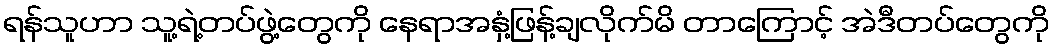
ရန်သူဟာ သူ့ရဲ့တပ်ဖွဲ့တွေကို နေရာအနှံ့ဖြန့်ချလိုက်မိ တာကြောင့် အဲဒီတပ်တွေကို